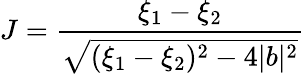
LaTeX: J={\frac{\xi_{1}-\xi_{2}}{\sqrt{(\xi_{1}-\xi_{2})^{2}-4|b|^{2}}}}